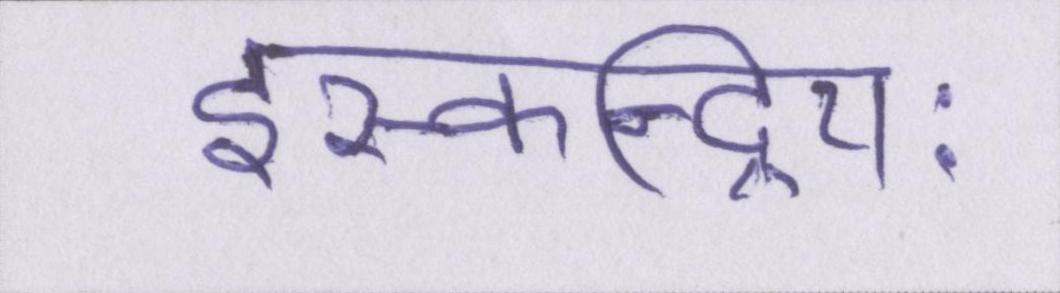
इस्कन्द्रियः